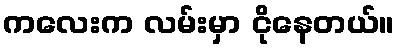
ကလေးက လမ်းမှာ ငိုနေတယ်။